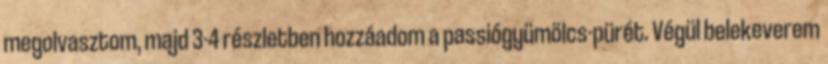
megolvasztom, majd 3-4 részletben hozzáadom a passiógyümölcs-pürét. Végül belekeverem